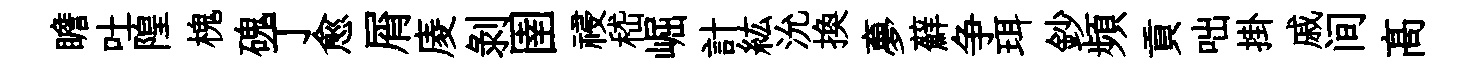
瞻吐隍槐磈丁愈屑庱剝圉祲嵇崛計紘沇换夣蘚争珥鈔頻貢咄掛戚间髙